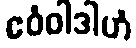
ဧဝံဝါဒါဟံ